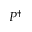
P ^ { \dagger }